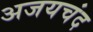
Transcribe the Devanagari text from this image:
अजयचंद